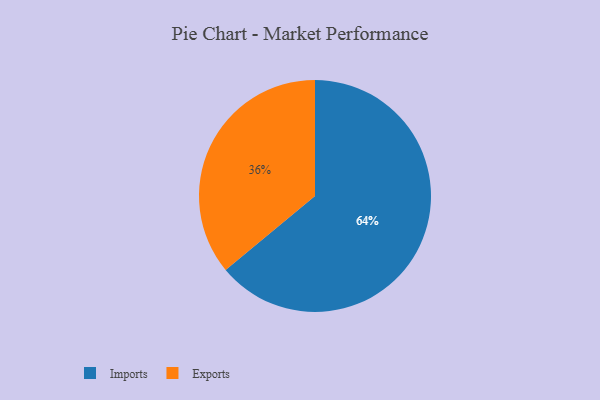
{"axis": {"x": "Category", "y": "Percentage"}, "legend": ["Exports", "Imports"], "data": [{"x": "Imports", "y": 64, "type": "Imports"}, {"x": "Exports", "y": 36, "type": "Exports"}]}